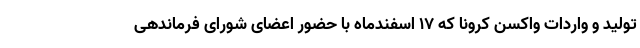
تولید و واردات واکسن کرونا که ۱۷ اسفندماه با حضور اعضای شورای فرماندهی